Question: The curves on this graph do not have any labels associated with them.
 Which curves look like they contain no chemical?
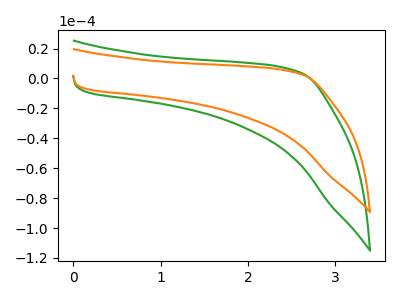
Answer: <think>The green curve "green" has no peaks. The orange curve "orange" has no peaks.</think>
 <answer>"green" and "orange" are likely to be blanks.</answer>
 <eval>"green", "orange"</eval>